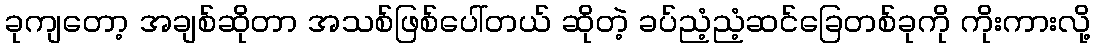
ခုကျတော့ အချစ်ဆိုတာ အသစ်ဖြစ်ပေါ်တယ် ဆိုတဲ့ ခပ်ညံ့ညံ့ဆင်ခြေတစ်ခုကို ကိုးကားလို့